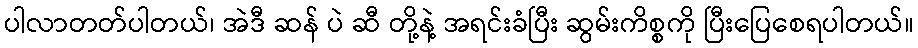
ပါလာတတ်ပါတယ်၊ အဲဒီ ဆန် ပဲ ဆီ တို့နဲ့ အရင်းခံပြီး ဆွမ်းကိစ္စကို ပြီးပြေစေရပါတယ်။